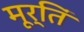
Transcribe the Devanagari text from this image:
मूर्तिं